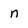
Character: n